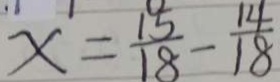
x = \frac { 1 5 } { 1 8 } - \frac { 1 4 } { 1 8 }